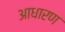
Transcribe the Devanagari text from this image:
आधारण